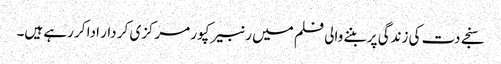
سنجے دت کی زندگی پر بننے والی فلم میں رنبیر کپور مرکزی کر دار ادا کر رہے ہیں۔